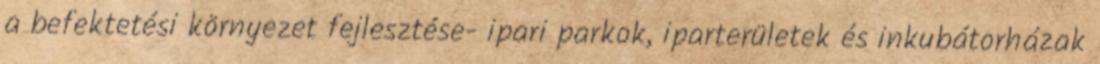
a befektetési környezet fejlesztése- ipari parkok, iparterületek és inkubátorházak